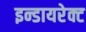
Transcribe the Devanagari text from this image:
इन्डायरेक्ट